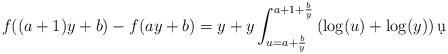
LaTeX: \begin{align*}f((a+1)y+b)-f(ay+b)&= y +y \int_{u=a+\frac by}^{a+1+\frac by} \left(\log(u)+\log(y)\right) \d u\\\end{align*}